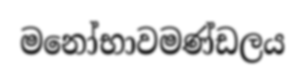
මනෝභාවමණ්ඩලය